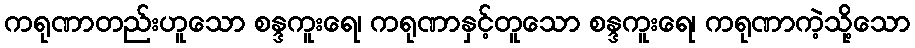
ကရုဏာတည်းဟူသော စန္ဒကူးရေ၊ ကရုဏာနှင့်တူသော စန္ဒကူးရေ၊ ကရုဏာကဲ့သို့သော